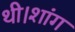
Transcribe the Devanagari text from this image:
थी।शांग